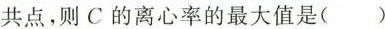
共点，则C的离心率的最大值是()